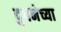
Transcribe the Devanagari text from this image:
दुधनेच्या